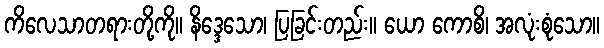
ကိလေသာတရားတို့ကို။ နိဒ္ဒေသော၊ ပြခြင်းတည်း။ ယော ကောစိ၊ အလုံးစုံသော။